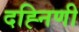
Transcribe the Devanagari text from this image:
दह्निणी